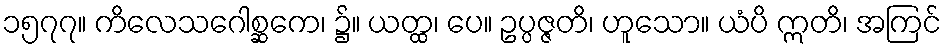
၁၅၇၇။ ကိလေသဂေါစ္ဆကေ၊ ၌။ ယတ္ထ၊ ပေ။ ဥပ္ပဇ္ဇတိ၊ ဟူသော။ ယံပိ ဣတိ၊ အကြင်